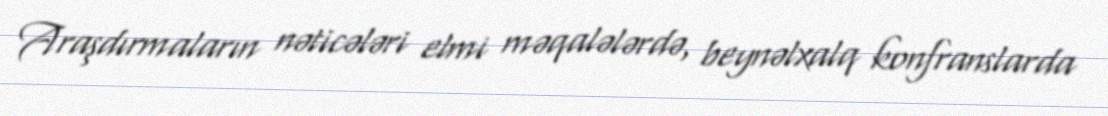
Araşdırmaların nəticələri elmi məqalələrdə, beynəlxalq konfranslarda